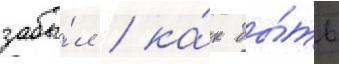
забы́л / ка́к бы́ть